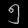
Digit: ၅